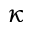
\kappa